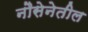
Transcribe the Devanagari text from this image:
नौसेनेतील